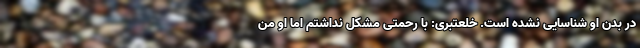
در بدن او شناسایی نشده است. خلعتبری: با رحمتی مشکل نداشتم اما او من